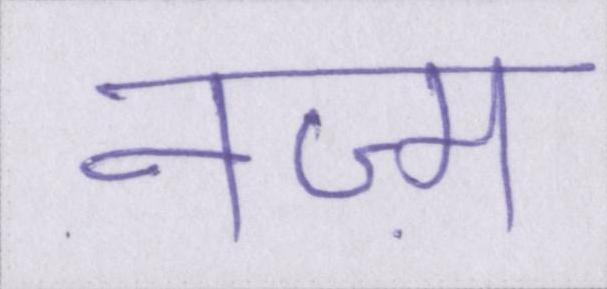
नज़्म